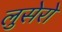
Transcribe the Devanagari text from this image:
लुसेरो